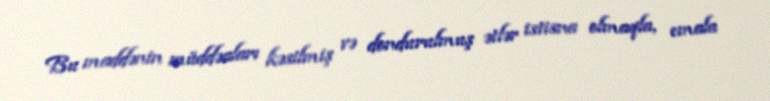
Bu maddənin müddəaları kəsilmiş və dondurulmuş ətlər istisna olmaqla, emala